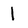
Character: 1